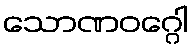
သောဏဝဂ္ဂေါ